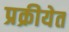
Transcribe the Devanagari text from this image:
प्रक्रीयेत